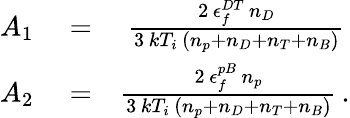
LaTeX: \begin{array}{rlr}{A_{1}}&{{}=}&{\frac{2\, \epsilon_{f}^{DT}\, n_{D}}{3\, kT_{i}\, \left(n_{p}+n_{D}+n_{T}+n_{B}\right)}\, }\\ {A_{2}}&{{}=}&{\frac{2\, \epsilon_{f}^{pB}\, n_{p}}{3\, kT_{i}\, \left(n_{p}+n_{D}+n_{T}+n_{B}\right)}\, .}\end{array}